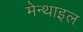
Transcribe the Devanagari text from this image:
मेन्थाइल